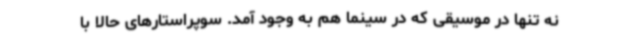
نه ‌تنها در موسیقی که در سینما هم به وجود آمد. سوپراستارهای حالا با